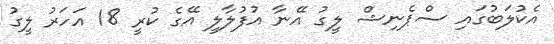
އެކުލަބުގައި ސްޕެނިޝް ލީގު އޭނާ އުފުލާލީ އޭގެ ކުރީ 18 އަހަރު ލީގު